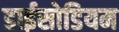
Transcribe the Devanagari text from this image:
डाईसोडियम